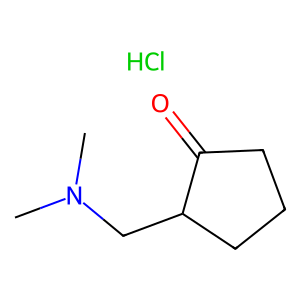
SMILES: CN(C)CC1CCCC1=O.Cl
Inhibits HIV replication: No